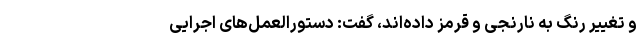
و تغییر رنگ به نارنجی و قرمز داده‌اند، گفت: دستورالعمل‌های اجرایی